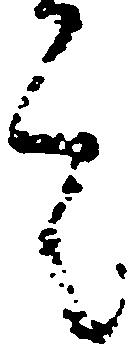
言